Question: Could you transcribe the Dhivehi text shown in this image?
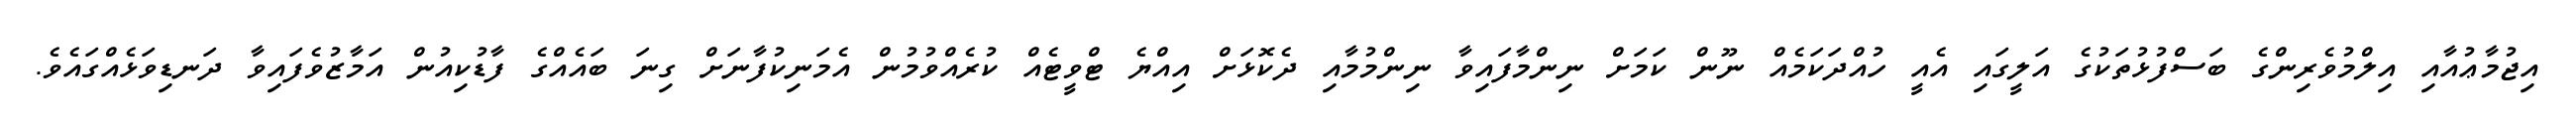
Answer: އިޖުމާޢުއާއި އިލްމުވެރިންގެ ބަސްފުޅުތަކުގެ އަލީގައި އެއީ ހުއްދަކަމެއް ނޫން ކަމަށް ނިންމާފައިވާ ނިންމުމާއި ދެކޮޅަށް އިއްޔެ ޓްވީޓެއް ކުރެއްވުމުން އެމަނިކުފާނަށް ގިނަ ބައެއްގެ ފާޑުކިއުން އަމާޒުވެފައިވާ ދަނޑިވަޅެއްގައެވެ.